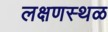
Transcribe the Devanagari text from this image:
लक्षणस्थळ